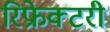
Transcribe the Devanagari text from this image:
रिफ्रेक्टरी